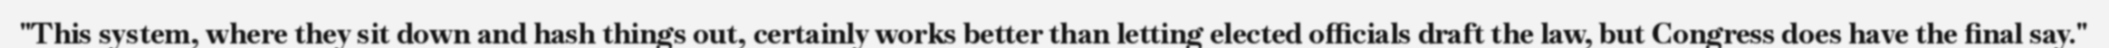
"This system, where they sit down and hash things out, certainly works better than letting elected officials draft the law, but Congress does have the final say."